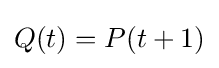
Q(t)=P(t+1)